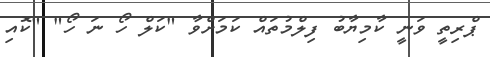
ޕްރިތީ ވަނީ ކާމިޔާބު ފިލްމުތައް ކަމަށްވާ "ކަލް ހޯ ނަ ހޯ" "ކޮއި